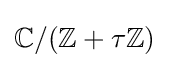
\mathbb {C} /(\mathbb {Z} +\tau \mathbb {Z} )